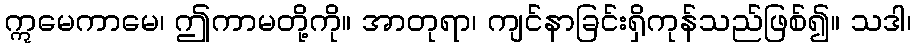
ဣမေကာမေ၊ ဤကာမတို့ကို။ အာတုရာ၊ ကျင်နာခြင်းရှိကုန်သည်ဖြစ်၍။ သဒါ၊